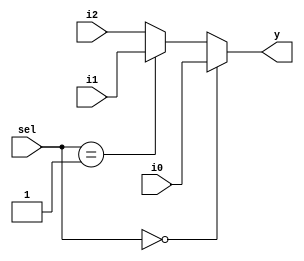
module mux_3_to_1 (i0, i1, i2, sel, y);
	input [3:0] i0, i1, i2;
	input [1:0]sel;
	output [3:0] y;
	assign y = (sel==2'b00)? i0 : (sel==2'b01)? i1: i2;
endmodule